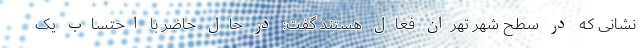
نشانی که در سطح شهر تهران فعال هستند گفت: در حال حاضر با احتساب یک